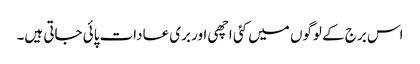
اس برج کے لوگوں میں کئی اچھی اور بری عادات پائی جاتی ہیں۔